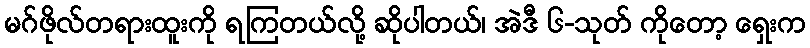
မဂ်ဖိုလ်တရားထူးကို ရကြတယ်လို့ ဆိုပါတယ်၊ အဲဒီ ၆-သုတ် ကိုတော့ ရှေးက